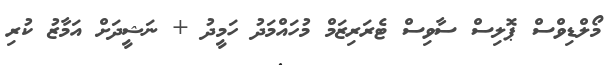
މޯލްޑިވްސް ޕޮލިސް ސާވިސް ޓެރަރިޒަމް މުހައްމަދު ހަމީދު + ނަޝީދަށް އަމާޒު ކުރި